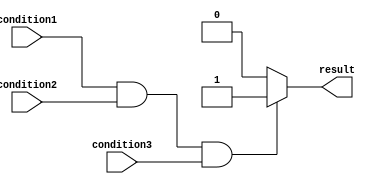
module if_else_with_logical_and (
    input wire condition1,
    input wire condition2,
    input wire condition3,
    output reg result
);

always @(*) begin
    if (condition1 && condition2 && condition3) begin
        // Code to execute if all conditions are true
        result = 1'b1;
    end
    else begin
        // Code to execute if any condition is false
        result = 1'b0;
    end
end

endmodule